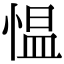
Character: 愠